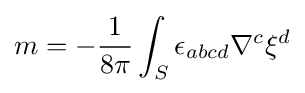
m=-{\frac {1}{8\pi }}\int _{S}\epsilon _{abcd}\nabla ^{c}\xi ^{d}